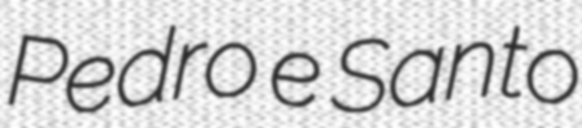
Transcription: Pedro e Santo